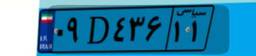
۰۹D۴۳۶۱۱